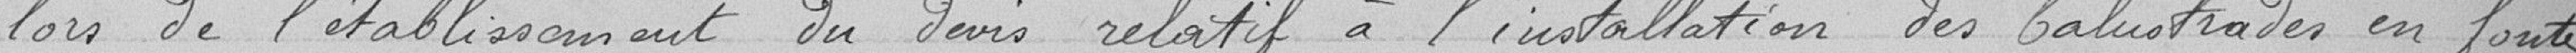
lors de l'établissement du devis relatif à l'installation des balustrades en fonte